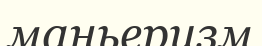
маньеризм